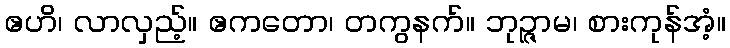
ဧဟိ၊ လာလှည့်။ ဧကတော၊ တကွနက်။ ဘုဉ္ဇာမ၊ စားကုန်အံ့။